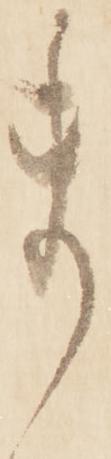
ま